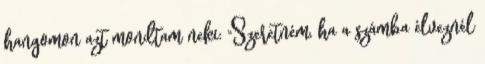
hangomon azt mondtam neki: "Szeretném, ha a számba élveznél